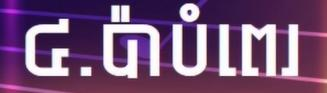
៤.ប៉ាបំពេរ